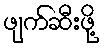
ဖျက်ဆီးဖို့